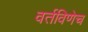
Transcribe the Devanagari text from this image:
वर्तविणेच